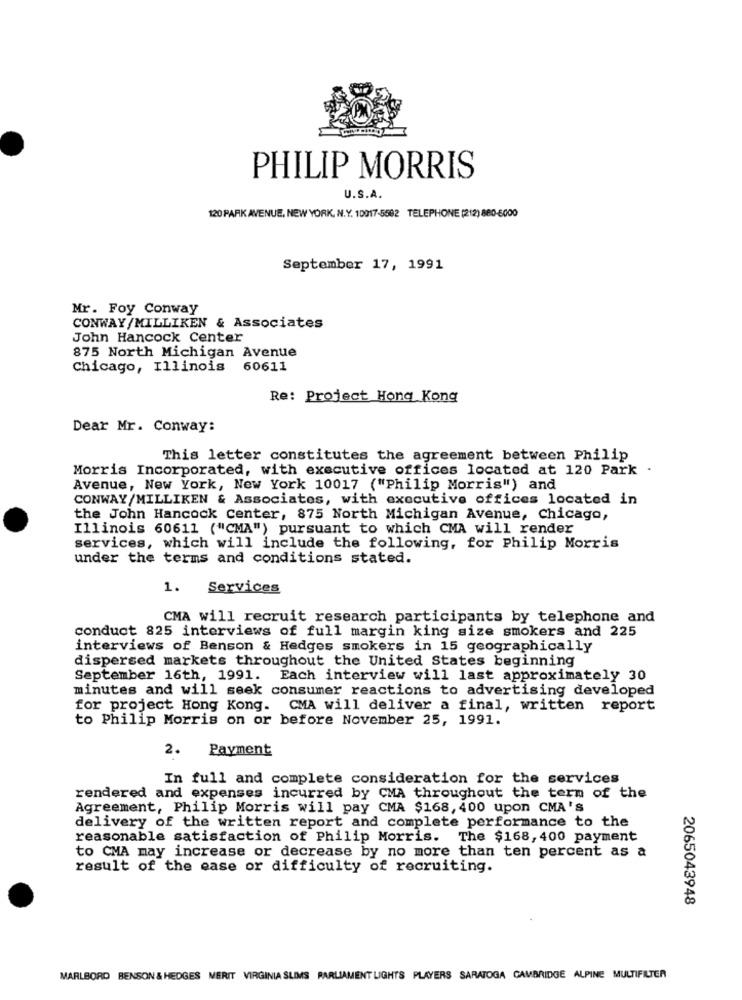
PHILIP MORRIS
U.S.A.
120 PARK AVENUE, NEW YORK, N.Y. 10017-5592 TELEPHONE (212) 880-6000
September 17, 1991
Mr. Foy Conway
CONWAY/MILLIKEN & Associates
John Hancock Center
875 North Michigan Avenue
Chicago, Illinois 60611
Re: Project Hong Kong
Dear Mr. Conway:
This letter constitutes the agreement between Philip
Morris Incorporated, with executive offices located at 120 Park .
Avenue, New York, New York 10017 ("Philip Morris") and
CONWAY /MILLIKEN & Associates, with executive offices located in
the John Hancock Center, 875 North Michigan Avenue, Chicago,
Illinois 60611 ("CMA") pursuant to which CMA will render
services, which will include the following, for Philip Morris
under the terms and conditions stated.
1.
Services
CMA will recruit research participants by telephone and
conduct 825 interviews of full margin king size smokers and 225
interviews of Benson & Hedges smokers in 15 geographically
dispersed markets throughout the United States beginning
September 16th, 1991. Each interview will last approximately 30
minutes and will seek consumer reactions to advertising developed
for project Hong Kong. CMA will deliver a final, written report
to Philip Morris on or before November 25, 1991.
Payment
2.
In full and complete consideration for the services
rendered and expenses incurred by CMA throughout the term of the
Agreement, Philip Morris will pay CMA $168, 400 upon CMA'S
delivery of the written report and complete performance to the
reasonable satisfaction of Philip Morris. The $168, 400 payment
to CMA may increase or decrease by no more than ten percent as a
result of the case or difficulty of recruiting.
2065043948
MARLBORO BENSON & HEDGES MERIT VIRGINIA SLIMS PARLIAMENT LIGHTS PLAYERS SARATOGA CAMBRIDGE ALPINE MULTIFILTER